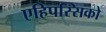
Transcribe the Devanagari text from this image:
एहिपस्सिको